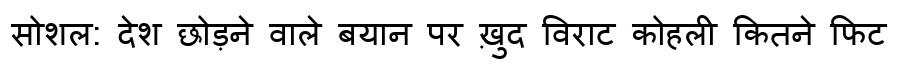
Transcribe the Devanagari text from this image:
सोशल: देश छोड़ने वाले बयान पर ख़ुद विराट कोहली कितने फिट